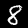
Label: 8